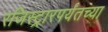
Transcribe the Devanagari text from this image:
रजिस्ट्रारपर्यंतच्या